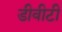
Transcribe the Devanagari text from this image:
डीवीटी